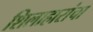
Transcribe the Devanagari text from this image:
शिलाहारांचा